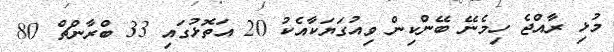
މުޅި ރާއްޖެ ހިމެނޭ ބޭންކިން ވިއުގަޔަކާއެކު 20 އަތޮޅުގައި 33 ބްރާންޗް 80